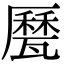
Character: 㽁